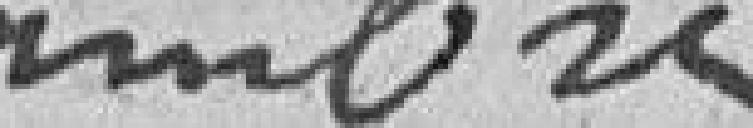
ambres